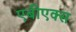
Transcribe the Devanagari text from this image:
एबीएक्स